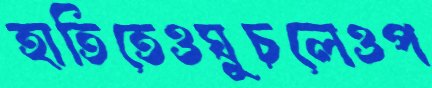
হাতিতেওঘুচলেওপ